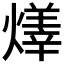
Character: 𤏽